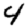
Digit: 4